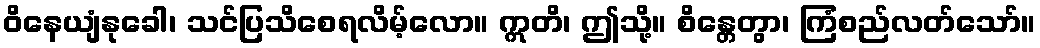
ဝိနေယျံနုခေါ၊ သင်ပြသိစေရလိမ့်လော။ ဣတိ၊ ဤသို့။ စိန္တေတွာ၊ ကြံစည်လတ်သော်။